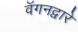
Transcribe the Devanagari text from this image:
वॅगनद्वारे